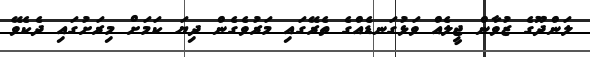
ލަންދޫގެ ޒުވާން ޖީލެއް ވަޅުގަނޑެއްގެ ތެރޭގައި މަރުވެގެން ދިޔަ ކަމަށް މިރަށުގައި ދެކެވޭ